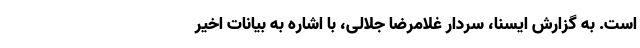
است. به گزارش ایسنا، سردار غلامرضا جلالی، با اشاره به بیانات اخیر